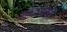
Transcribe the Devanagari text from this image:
ओढायची